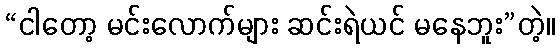
“ငါတော့ မင်းလောက်များ ဆင်းရဲယင် မနေဘူး”တဲ့။